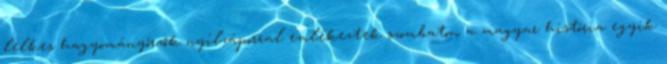
lelkes hagyományőrzők nyílzáporral emlékeztek szombaton a magyar história egyik